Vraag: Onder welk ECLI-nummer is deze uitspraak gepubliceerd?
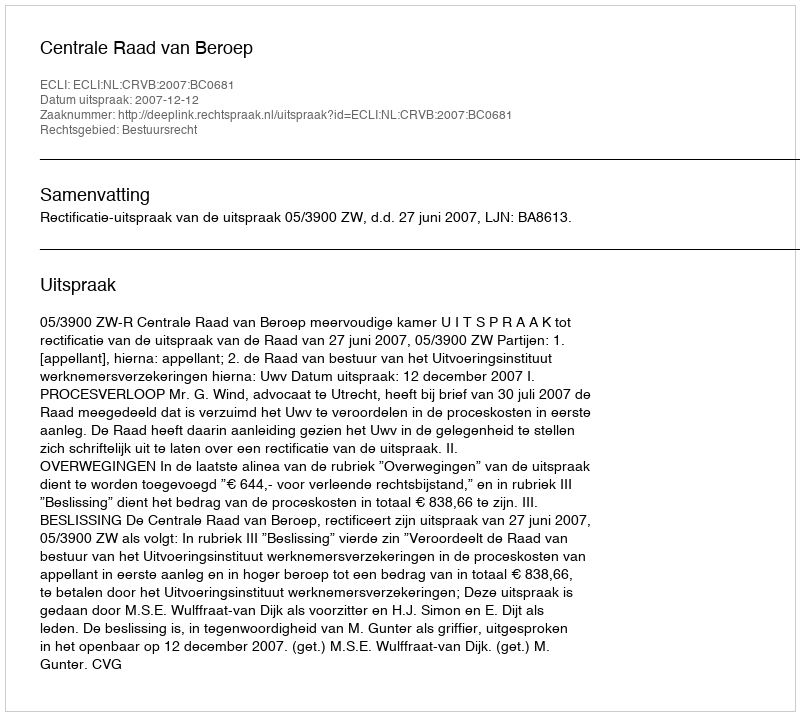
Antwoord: ECLI:NL:CRVB:2007:BC0681